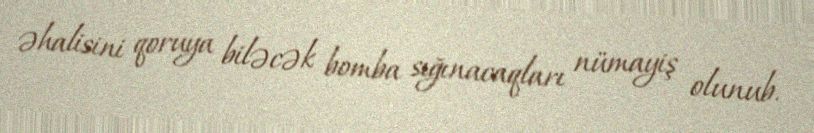
əhalisini qoruya biləcək bomba sığınacaqları nümayiş olunub.